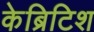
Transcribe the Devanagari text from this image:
केब्रिटिश